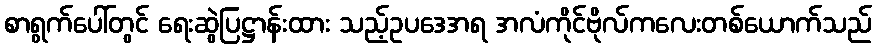
စာရွက်ပေါ်တွင် ရေးဆွဲပြဋ္ဌာန်းထား သည့်ဥပဒေအရ အလံကိုင်ဗိုလ်ကလေးတစ်ယောက်သည်